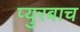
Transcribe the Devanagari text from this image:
प्युरबाच